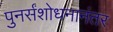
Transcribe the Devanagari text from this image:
पुनर्संशोधनानंतर